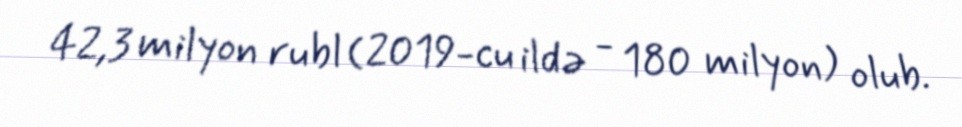
42,3 milyon rubl (2019-cu ildə - 180 milyon) olub.